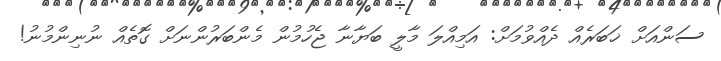
ސަންއަށް ޚަބަރެއް ދެއްވުމަށް: އަމިއްލަ މާލީ ބަޔާނާ ޖެހުމުން މެންބަރުންނަށް ގޮތެއް ނުނިންމުނު!